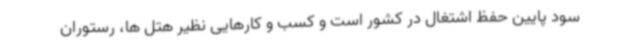
سود پایین حفظ اشتغال در کشور است و کسب و کارهایی نظیر هتل ها، رستوران